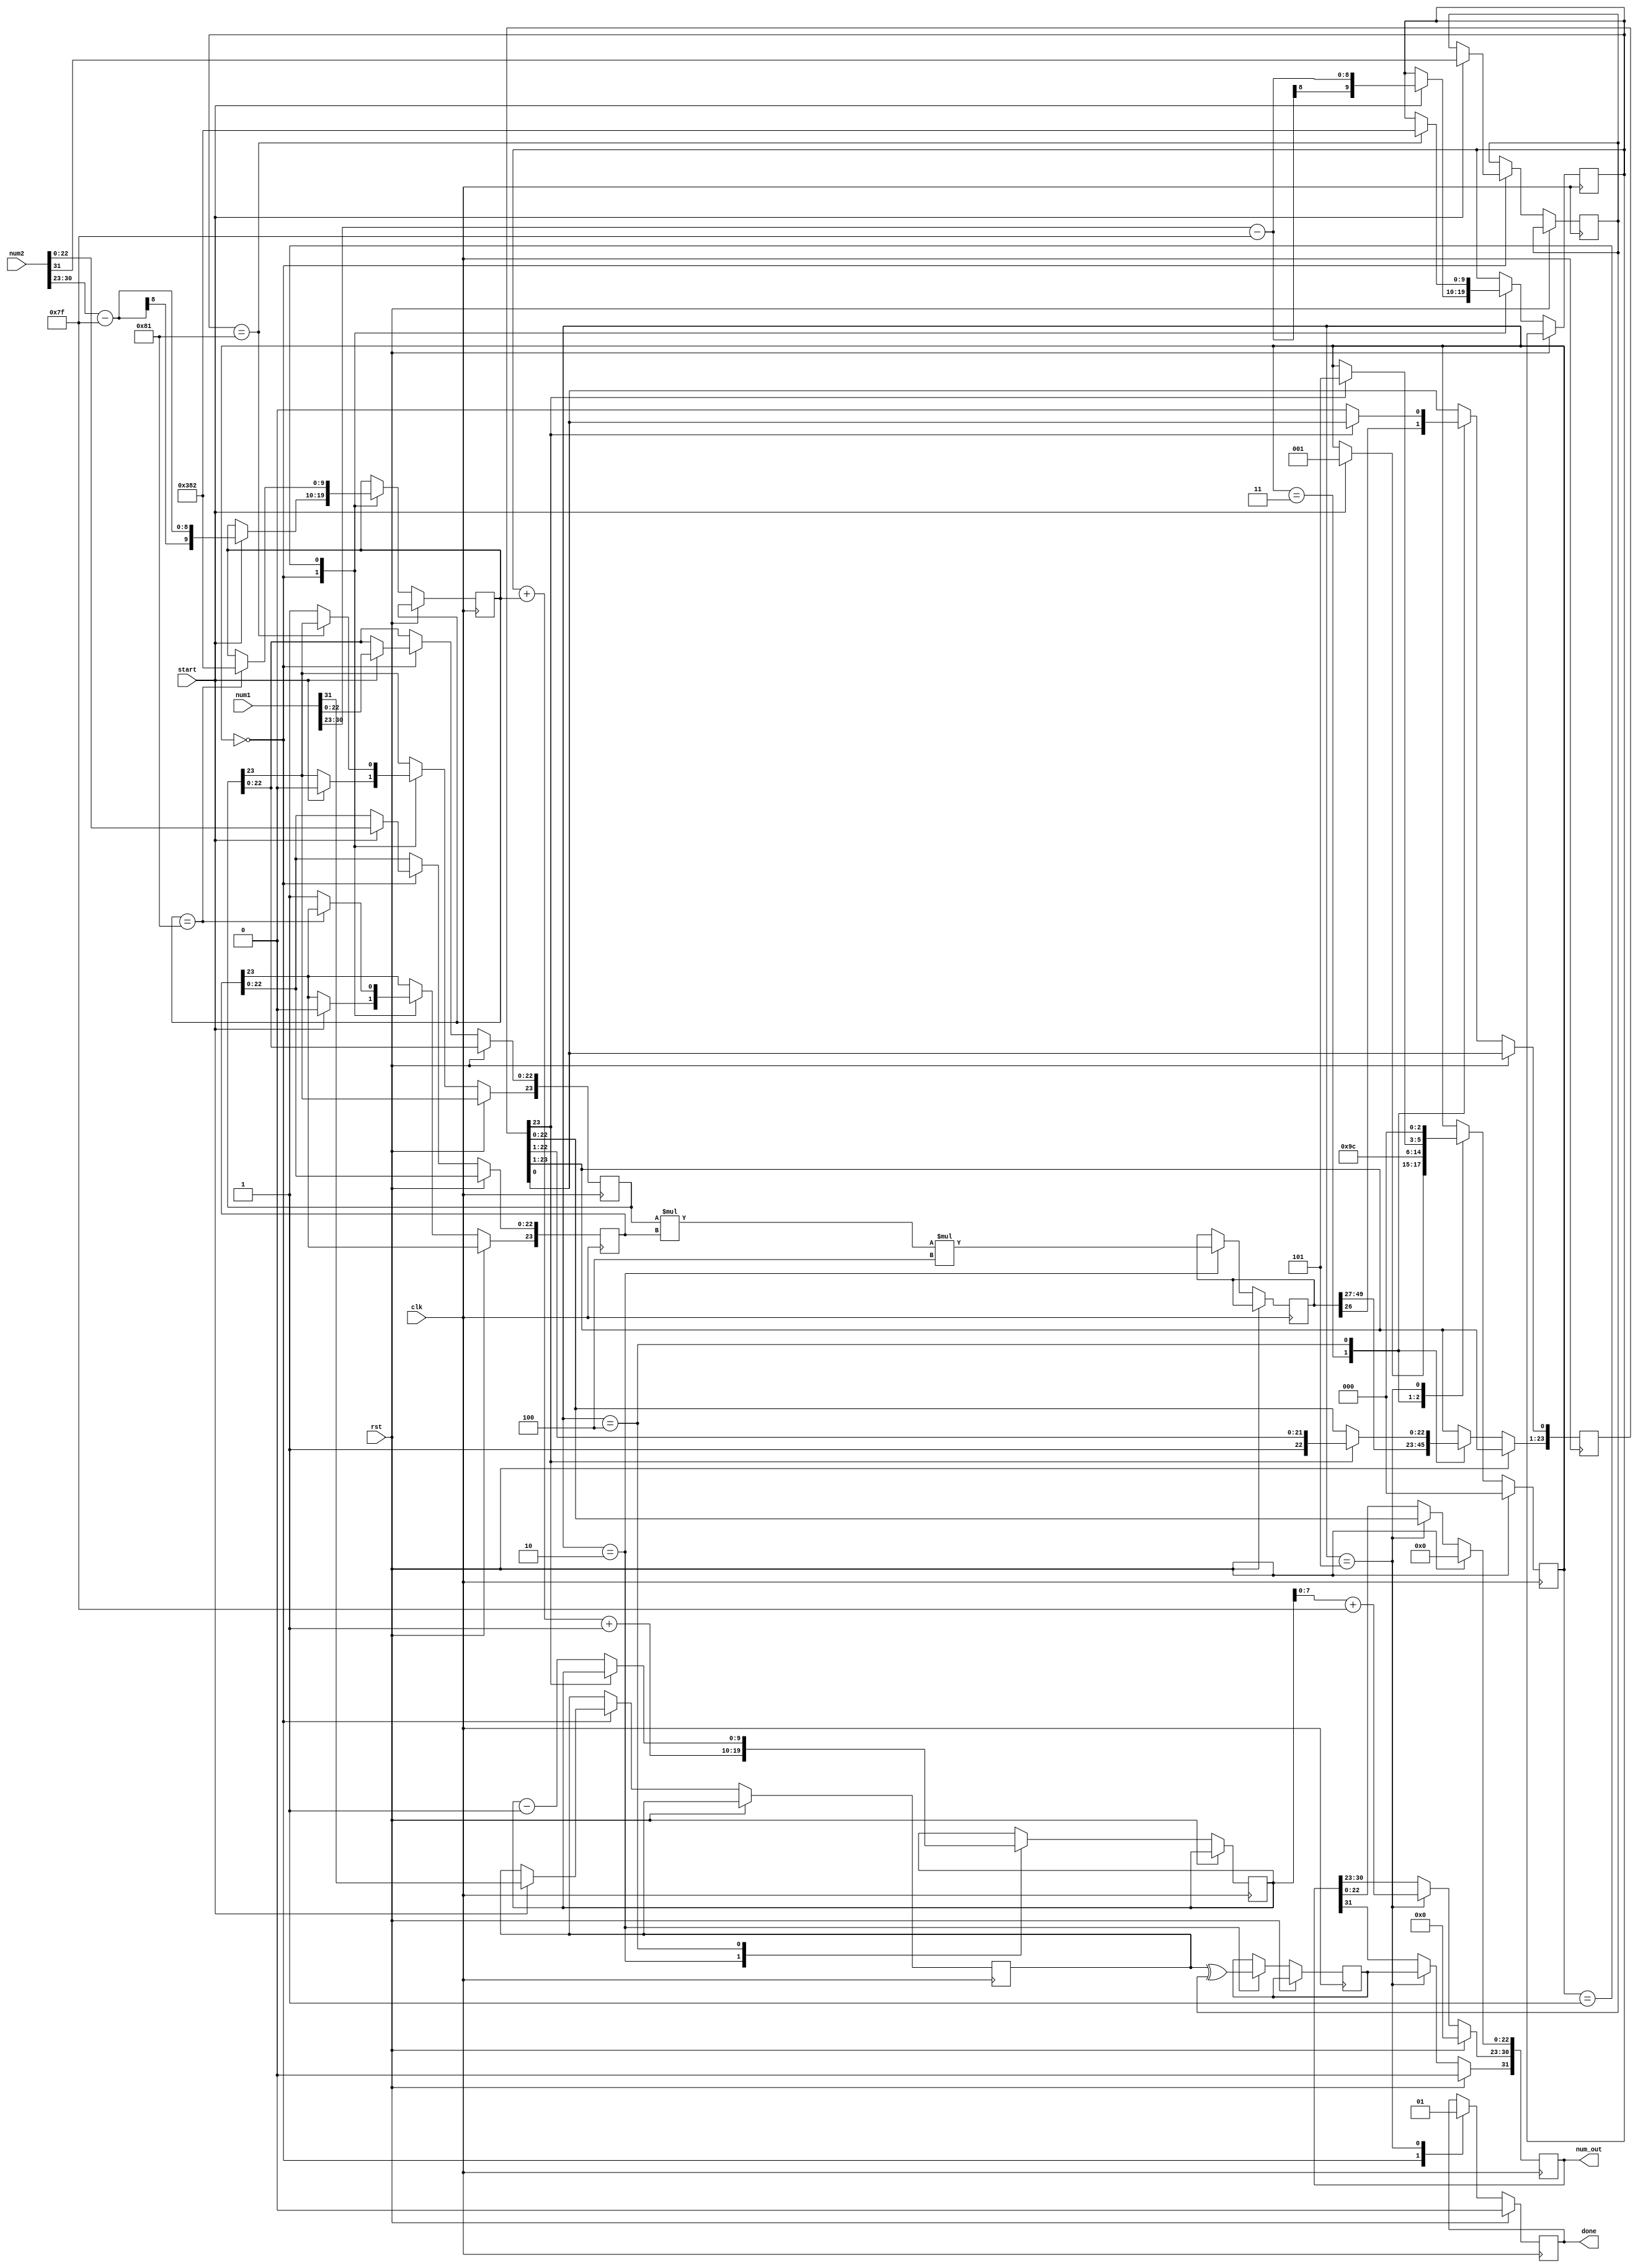
module fp_mul(clk,rst,num1,num2,start,num_out,done);
input clk; // input clock
input rst; // input reset
input [31:0] num1;  // 32-bit operand_1 input in IEEE 754 single precision floating point format
input [31:0] num2;  // 32-bit operand_2 input in IEEE 754 single precision floating point format
input start;         // start pulse input to indicate state machine to start processing inputs

output [31:0] num_out;  //  32-bit result output in IEEE 754 single precision floating point format
output done;            // done pulse to indicate completion of addition/subtraction operation and output is valid   

reg done;  // registering done pulse
reg [31:0] num_out; // registering output number

reg [23:0] num1_m, num2_m, out_m;  // registers for storing mantissa of input operands & output, extra 1-bit used for representing implicit MSB of 1, ie the 1 in 1.23456
reg [9:0] num1_exp, num2_exp, out_exp; // registers to store exponents of operands
reg num1_s,num2_s,out_s;  // register to store the sign bits
reg [49:0] temp_product;  // temporary register to hold intermediate product of mantissas , size = 24bit mantissa * 2 + 2 bits for overflow = 50 bits 
reg [25:0] junk; // to store LSB chunk of multiplication that can be discarded

reg [2:0] compute_state;  // state machine state register

// defining states of FSM 
parameter init_var        = 3'd0,
          check_number    = 3'd1,
          multiply_start  = 3'd2,
          multiply_finish = 3'd3,
          normalize       = 3'd4,
          output_result   = 3'd5;
 

always @(negedge clk)
begin

   if (rst) begin  // initialize state of FSM & outputs
	 compute_state <= init_var;
    done <= 0;
    num_out <= 0;
   end
	else begin
		case(compute_state)
	
         init_var:
			begin
         done <= 0; // setting the done bit to zero to reset after coming from last state where done bit is set to 1
         // splitting the input IEEE 754 numbers and registering the mantissa, sign & exponent separately 
				if (start)  // continue execution as soon as start pulse is received
				begin
               // sign bits
					num1_s <= num1[31];
					num2_s <= num2[31];
               // exponent bits, subtracting the bias of 127 from exponent to get the true value
					num1_exp <= num1[30:23]-127;
					num2_exp <= num2[30:23]-127;
               // mantissa bits
               num1_m <= num1[22:0];
					num2_m <= num2[22:0];
					compute_state <= check_number; // go to next state = check_number
				 end
			 end

         check_number:
         begin
         // for very small numbers (if exp = 0 - 127 = -127, adjust exponent to 1 = 1 - 127 = -126, so that we know the number is of type 0.1234 rather than the general 1.1234 format  
				if ($signed(num1_exp) == -127) begin
				num1_exp <= -126;
				end
				else begin
				num1_m[23] <= 1;  // in 1.1234 format = already in correct form
				end
				if ($signed(num2_exp) == -127) begin
				num2_exp <= -126;
				end 
				else begin
				num2_m[23] <= 1;  // in 1.1234 format = already in correct form
				end
				compute_state <= multiply_start; // go to next state = multiply_start
			 end

         multiply_start:
         begin
            out_s <= num1_s ^ num2_s; // sign multiplication using exor
            out_exp <= num1_exp + num2_exp + 1; // just add the exponents and increment by 1 (for accuracy)
            temp_product <= num1_m * num2_m * 4; // normal multiplication of mantissas with 4 (corresponding to the exponent increment == x*4 = left shift by 2 bits = more accuracy as we will drop lesser significant bits in next step)
            compute_state <= multiply_finish; // go to next state = multiply_finish
         end

         multiply_finish:
         begin
         // this state is used to extract needed result from multiplication and discard unneeded bits
            out_m <= temp_product[49:26];  // extract significant result from the multiplication
		      junk <= temp_product[25:0];  // lesser significant bits are not used in output ( can be used for rounding purpose )
            compute_state <= normalize; // go to next state = normalize
         end

         normalize:
         begin
         // normalize the output number if result does not conform to 1.1234 format
         // if MSB bit of mantissa == 0 , i.e. it is in 0.1234 format, adjust/decrement exponent and left shift mantissa till the MSB is 1
            if (out_m[23] == 0) begin 
            out_exp <= out_exp - 1;
			   out_m <= out_m << 1;
            out_m[0] <= 0;
            end
		      else begin
            compute_state <= output_result; // go to next state = output_result
            end
         end

         output_result:
         begin
         // send output in IEEE 754 format
            done <= 1; // set done bit
            num_out[31] <= out_s;
            num_out[30:23] <= out_exp[7:0]+127; // add bias of 127 back for valid IEEE 754 format representation
            num_out[22:0] <= out_m[22:0];
            compute_state <= init_var; // go to initial state = init_var
         end

      endcase
	 end
end
endmodule